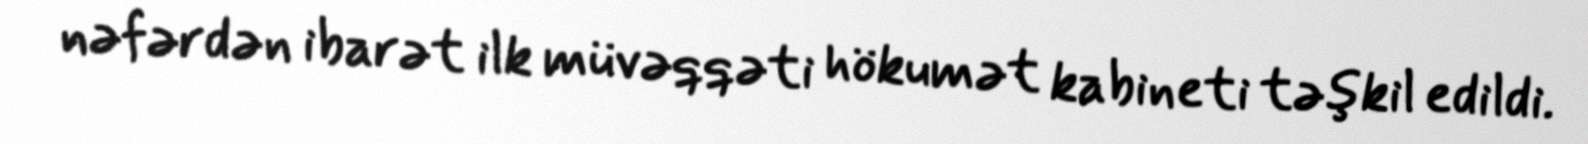
nəfərdən ibarət ilk müvəqqəti hökumət kabineti təşkil edildi.